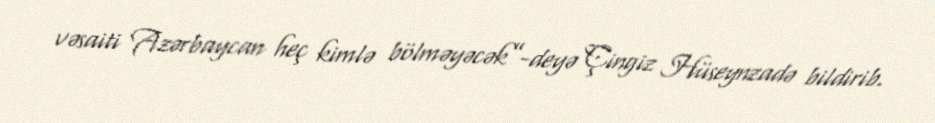
vəsaiti Azərbaycan heç kimlə bölməyəcək”-deyə Çingiz Hüseynzadə bildirib.